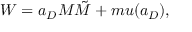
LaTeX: W = a _ { D } M \tilde { M } + m u ( a _ { D } ) ,